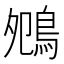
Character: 𪀈